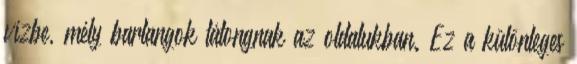
vízbe, mély barlangok tátongnak az oldalukban. Ez a különleges